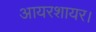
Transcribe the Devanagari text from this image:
आयरशायर।